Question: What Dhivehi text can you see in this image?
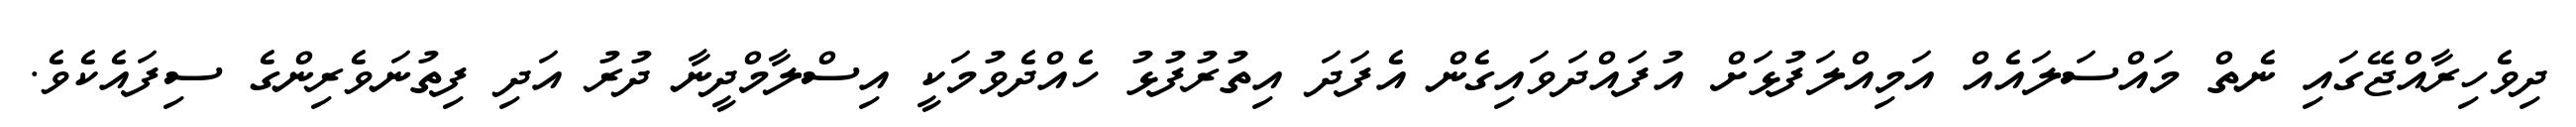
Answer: ދިވެހިރާއްޖޭގައި ނެތް މައްސަލައެއް އަމިއްލަފުޅަށް އުފައްދަވައިގެން އެފަދަ އިތުރުފުޅު ހެއްދެވުމަކީ އިސްލާމްދީނާ ދުރު އަދި ފިތުނަވެރިންގެ ސިފައެކެވެ.